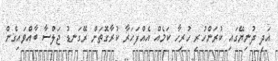
އަދި ދުނިޔޭގައި ކުރަންހުރި ހުރިހާ ކަމެއް އެއްފަހަރާ ކުރާގޮތަށް ރޭގަނޑު ޖަލްސާ ބާއްވައިގެން